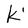
Character: k